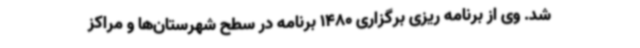
شد. وی از برنامه ریزی برگزاری 1480 برنامه در سطح شهرستان‌ها و مراکز